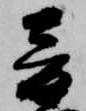
音